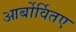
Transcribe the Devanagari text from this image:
आर्बोर्वितए